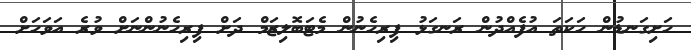
ހަށިގަނޑުން ހަކަތަ އުފެއްދުން ރަނގަޅު ފިރިހެނުން މެޓަބޮލިޒަމް ދަށް ފިރިހެނުންނަށް ވުރެ އަވަހަށް